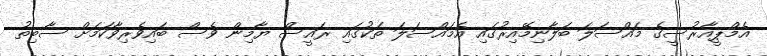
އެމްޕީއާރުސީގެ މައްސަލަ ބަލާނިމޭއިރުގައި އެމައްސަލަ ތަކުގައި ރައީސް ޔާމިން ވެސް ބައިވެރިވާކަމަށް ސާބިތު